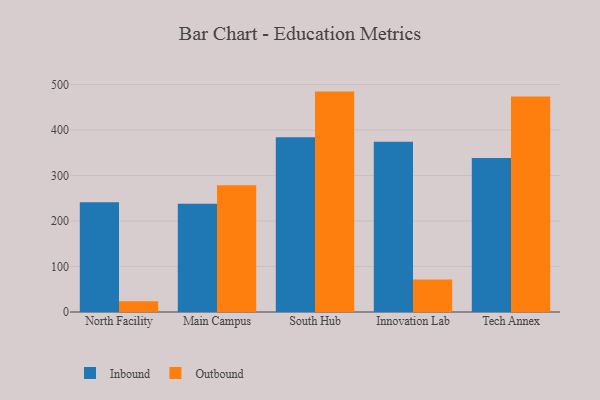
{"axis": {"x": "Campus", "y": "Gross Profit (USD K)"}, "legend": ["Inbound", "Outbound"], "data": [{"x": "North Facility", "y": 241.3, "type": "Inbound"}, {"x": "North Facility", "y": 23.6, "type": "Outbound"}, {"x": "Main Campus", "y": 237.9, "type": "Inbound"}, {"x": "Main Campus", "y": 278.6, "type": "Outbound"}, {"x": "South Hub", "y": 383.9, "type": "Inbound"}, {"x": "South Hub", "y": 484.4, "type": "Outbound"}, {"x": "Innovation Lab", "y": 374.2, "type": "Inbound"}, {"x": "Innovation Lab", "y": 71.3, "type": "Outbound"}, {"x": "Tech Annex", "y": 338.2, "type": "Inbound"}, {"x": "Tech Annex", "y": 473.7, "type": "Outbound"}]}